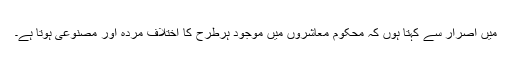
میں اصرار سے کہتا ہوں کہ محکوم معاشروں میں موجود ہرطرح کا اختلاف مردہ اور مصنوعی ہوتا ہے۔